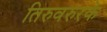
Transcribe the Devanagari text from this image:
तिरुवरुरके